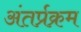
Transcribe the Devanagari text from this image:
अंतर्प्रक्रम